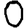
Digit: 0